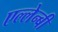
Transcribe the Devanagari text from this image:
एल्लेन्बी